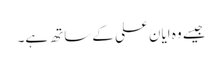
جیسے وہ ایان علی کے ساتھ ہے۔